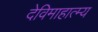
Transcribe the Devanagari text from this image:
देविमाहात्म्य